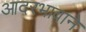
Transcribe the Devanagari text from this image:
आदरभावाने